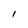
Character: 1